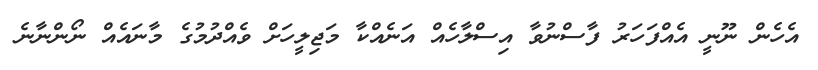
އެހެން ނޫނީ އެއްފަހަރު ފާސްނުވާ އިސްލާހެއް އަނެއްކާ މަޖިލީހަށް ވެއްދުމުގެ މާނައެއް ނޯންނާނެ